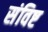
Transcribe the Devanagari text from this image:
संविष्ट